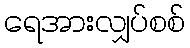
ရေအားလျှပ်စစ်